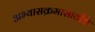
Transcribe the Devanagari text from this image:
अभ्यासक्रमासाठीचे